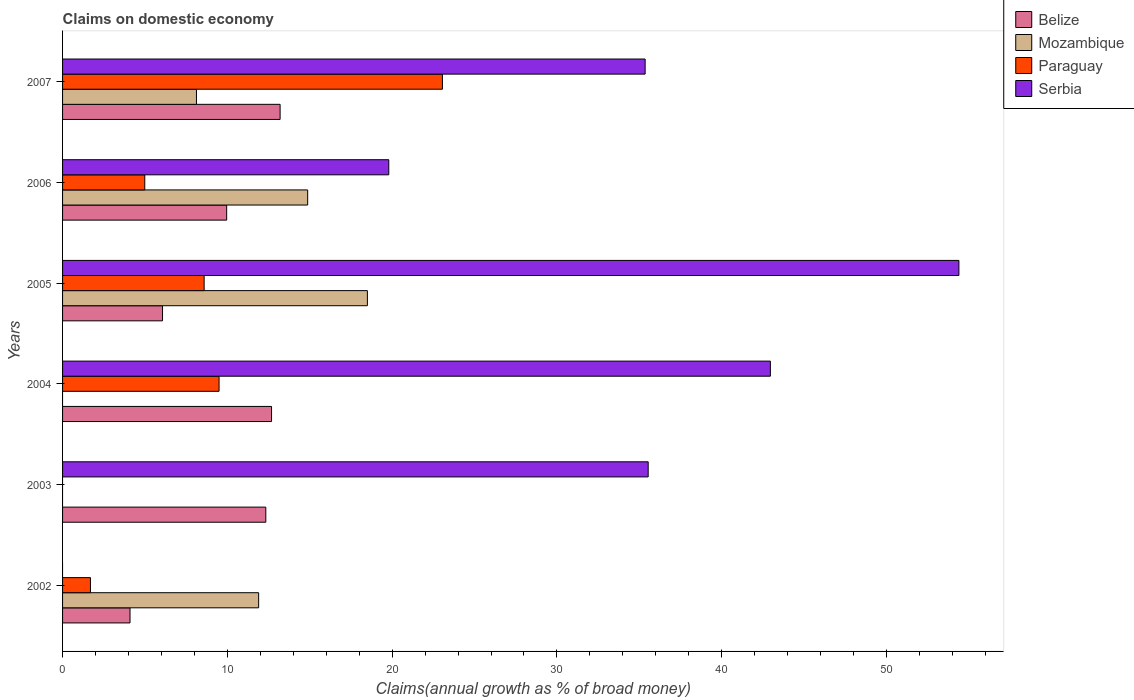
| Years | Belize | Mozambique | Paraguay | Serbia |
 | --- | --- | --- | --- | --- |
 | 2002 | 4.09 | 11.9 | 1.69 | -71 |
 | 2003 | 12.3 | -0.904 | -23.5 | 35.5 |
 | 2004 | 12.7 | -1.93 | 9.5 | 43 |
 | 2005 | 6.07 | 18.5 | 8.59 | 54.4 |
 | 2006 | 9.96 | 14.9 | 4.99 | 19.8 |
 | 2007 | 13.2 | 8.13 | 23.1 | 35.4 |